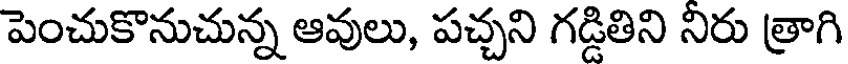
పెంచుకొనుచున్న ఆవులు, పచ్చని గడ్డితిని నిరు త్రాగి